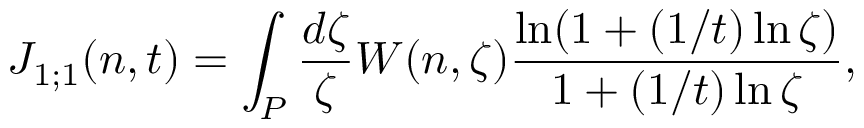
J _ { 1 ; 1 } ( n , t ) = \int _ { P } { \frac { d \zeta } { \zeta } } W ( n , \zeta ) { \frac { \ln ( 1 + ( 1 / t ) \ln \zeta ) } { 1 + ( 1 / t ) \ln \zeta } } ,